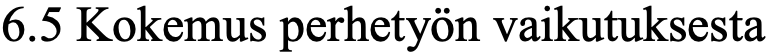
6.5 Kokemus perhetyön vaikutuksesta